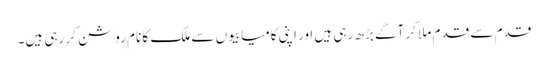
قدم سے قدم ملا کر آگے بڑھ رہی ہیں اور اپنی کامیابیوں سے ملک کا نام روشن کر رہی ہیں۔